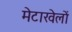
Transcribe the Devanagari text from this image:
मेटाखेलों